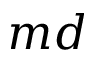
m d